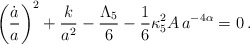
\begin{align*} \left(\frac{\dot a}{a}\right)^2 +\frac{k}{a^2} -\frac{\Lambda_5}{6} -\frac{1}{6}\kappa^2_5A\,a^{-4\alpha} = 0 \, .\end{align*}